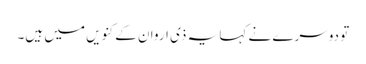
تو دوسرے نے کہا یہ ذی اروان کے کنویں میں ہیں۔